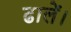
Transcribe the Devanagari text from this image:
ढालें।